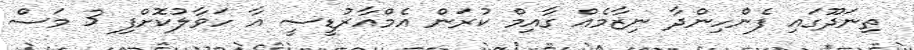
ތިނަދޫގައި ފެންހިންދާ ނިޒާމެއް ގާއިމް ކުރަން އެމްއާރުޑީސީ އާ ހަވާލުކޮށްފި 3 މަސް